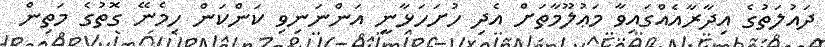
ދައުލަތުގެ އިދާރާއެއްގައިވާ މަޢުލޫމާތަށް އެދި ހުށަހަޅާނީ އަންނަނިވި ކަންކަން ހިމެނޭ ގޮތުގެ މަތިން